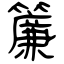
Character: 簾